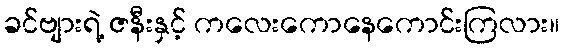
ခင်ဗျားရဲ့ ဇနီးနှင့် ကလေးကောနေကောင်းကြလား။